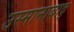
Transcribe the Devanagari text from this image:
उस्मानाबाद्